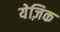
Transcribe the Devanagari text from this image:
येज़िक